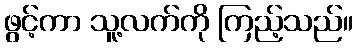
ဖွင့်ကာ သူ့လက်ကို ကြည့်သည်။